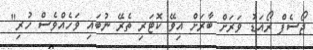
ޖޯސެފް ރޯއަޑު ވަރަށް ބާރަށް އިވޭ ކޮޓަރި ތެރޭ ނުބައި ވަހެއްވެސް ހުރި"